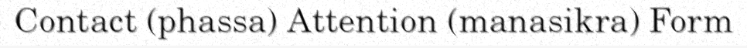
Contact (phassa) Attention (manasikra) Form